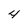
Character: 4